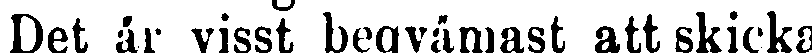
Det är visst beqvämast att skicka